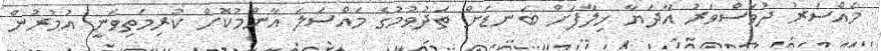
މައްސަރު ދުވަސްވަރު އާދަޔާ ޚިލާފަށް ބަނޑަށް ތަދުވުމުގެ މައްސަލަ އާންމުކޮށް ކުރިމަތިވަނީ އުމުރުން